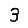
Digit: 3